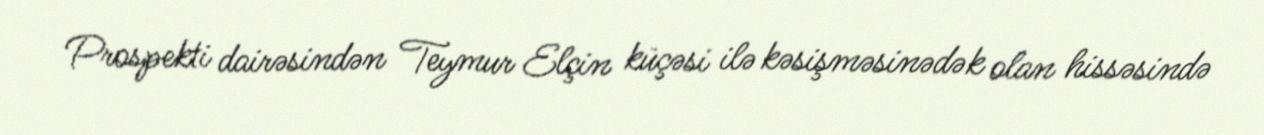
Prospekti dairəsindən Teymur Elçin küçəsi ilə kəsişməsinədək olan hissəsində